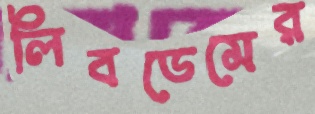
লিবডেমের